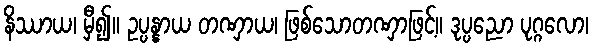
နိဿာယ၊ မှီ၍။ ဥပ္ပန္နာယ တဏှာယ၊ ဖြစ်သောတဏှာဖြင့်။ ဒုပ္ပညော ပုဂ္ဂလော၊